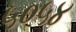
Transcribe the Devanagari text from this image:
५०५४